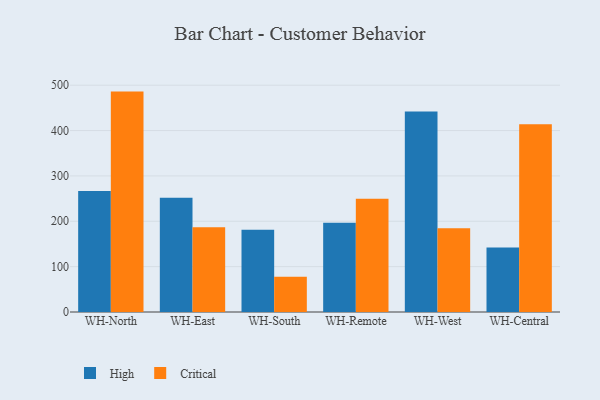
{"axis": {"x": "Warehouse", "y": "Budget (USD K)"}, "legend": ["Critical", "High"], "data": [{"x": "WH-North", "y": 266.7, "type": "High"}, {"x": "WH-North", "y": 485.9, "type": "Critical"}, {"x": "WH-East", "y": 251.7, "type": "High"}, {"x": "WH-East", "y": 187.0, "type": "Critical"}, {"x": "WH-South", "y": 181.5, "type": "High"}, {"x": "WH-South", "y": 77.7, "type": "Critical"}, {"x": "WH-Remote", "y": 196.5, "type": "High"}, {"x": "WH-Remote", "y": 249.5, "type": "Critical"}, {"x": "WH-West", "y": 442.2, "type": "High"}, {"x": "WH-West", "y": 184.9, "type": "Critical"}, {"x": "WH-Central", "y": 142.2, "type": "High"}, {"x": "WH-Central", "y": 414.1, "type": "Critical"}]}